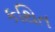
કથિત